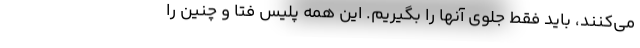
می‌کنند، باید فقط جلوی آنها را بگیریم. این همه پلیس فتا و چنین را